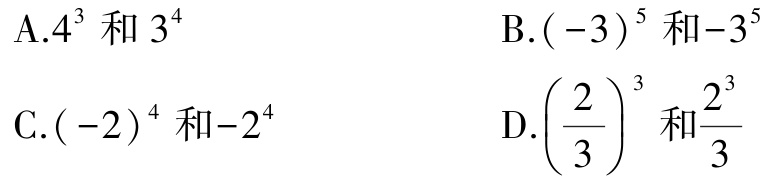
A.$4^{3}$和$3^{4}$
B.$(-3)^{5}$和$-3^{5}$
C.$(-2)^{4}$和$-2^{4}$
D.$\left(\dfrac{2}{3}\right)^{3}$和$\dfrac{2^{3}}{3}$